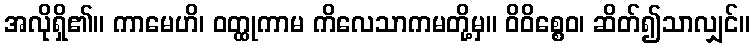
အလိုရှိ၏။ ကာမေဟိ၊ ဝတ္ထုကာမ ကိလေသာကမတို့မှ။ ဝိဝိစ္စေဝ၊ ဆိတ်၍သာလျှင်။